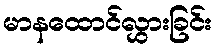
မာနထောင်လွှားခြင်း